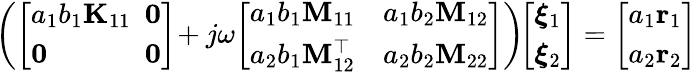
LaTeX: \begin{array}{r}{\! \left(\left[\begin{array}{ll}{a_{1}b_{1}\mathbf{K}_{11}}&{\! \! \! \mathbf{0}}\\ {\mathbf{0}}&{\! \! \! \mathbf{0}}\end{array}\right]\! +j\omega\! \left[\begin{array}{ll}{a_{1}b_{1}\mathbf{M}_{11}}&{a_{1}b_{2}\mathbf{M}_{12}}\\ {a_{2}b_{1}\mathbf{M}_{12}^{\top}}&{a_{2}b_{2}\mathbf{M}_{22}}\end{array}\right]\right)\! \! \left[\begin{array}{l}{\boldsymbol{\xi}_{1}}\\ {\boldsymbol{\xi}_{2}}\end{array}\right]=\left[\begin{array}{l}{a_{1}\mathbf{r}_{1}}\\ {a_{2}\mathbf{r}_{2}}\end{array}\right]}\end{array}